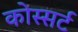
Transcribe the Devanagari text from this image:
कोस्सर्ट